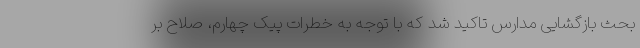
بحث بازگشایی مدارس تاکید شد که با توجه به خطرات پیک چهارم، صلاح بر